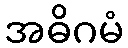
အဓိဂမံ